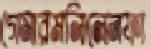
গেমারমলিলেনফা